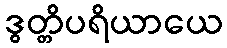
ဒွတ္တိပရိယာယေ